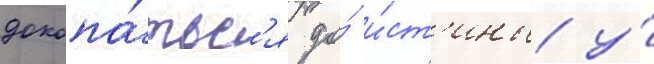
докопа́тьс'я до́ и́ст'ины у́